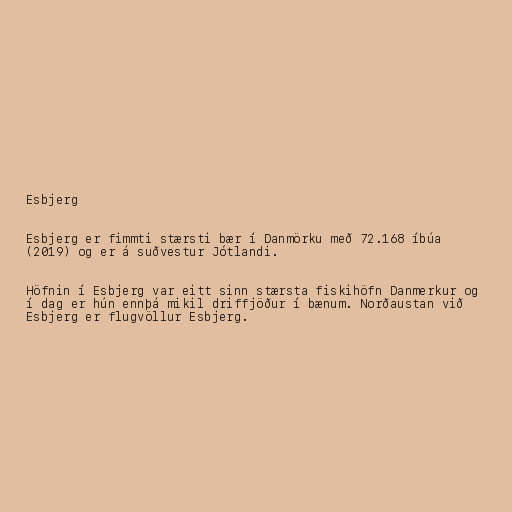
Esbjerg

Esbjerg er fimmti stærsti bær í Danmörku með 72.168 íbúa
(2019) og er á suðvestur Jótlandi.

Höfnin í Esbjerg var eitt sinn stærsta fiskihöfn Danmerkur og
í dag er hún ennþá mikil driffjöður í bænum. Norðaustan við
Esbjerg er flugvöllur Esbjerg.